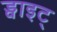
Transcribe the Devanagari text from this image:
ड्वाइट्